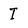
Character: I